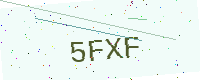
Text: 5FXF